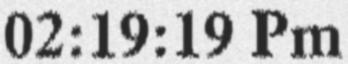
02:19:19 Pm